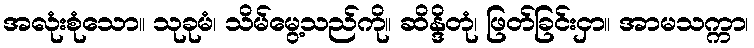
အလုံးစုံသော။ သုခုမံ၊ သိမ်မွေ့သည်ကို။ ဆိန္ဒိတုံ၊ ဖြတ်ခြင်းငှာ။ အာမသက္ကာ၊